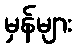
မှန်များ